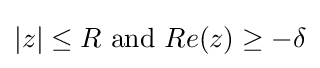
|z|\leq R{\text{ and }}Re(z)\geq -\delta